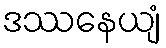
ဒဿနေယျံ